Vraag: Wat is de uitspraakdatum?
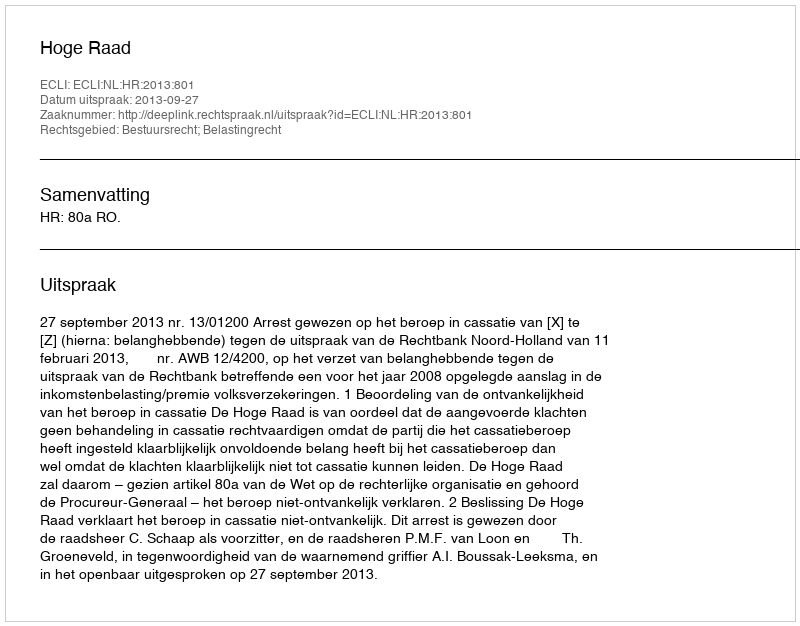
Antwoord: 2013-09-27